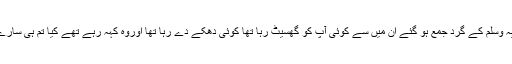
مکہ میں ایک بار مشرک حضور اکرم صلی اللہ علیہ وسلم کے گرد جمع ہو گئے ان میں سے کوئی آپ کو گھسیٹ رہا تھا کوئی دھکے دے رہا تھا اوروہ کہہ رہے تھے کیا تم ہی سارے خداؤں کو چھوڑ کر ایک خدا کی دعوت دیتے ہو ۔